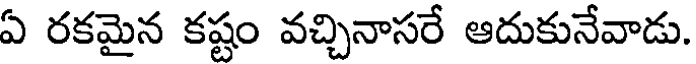
ఏ రకమైన కష్టం వచ్చినాసరే ఆదుకునేవాడు.